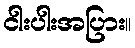
ငါးပါးအပြား။